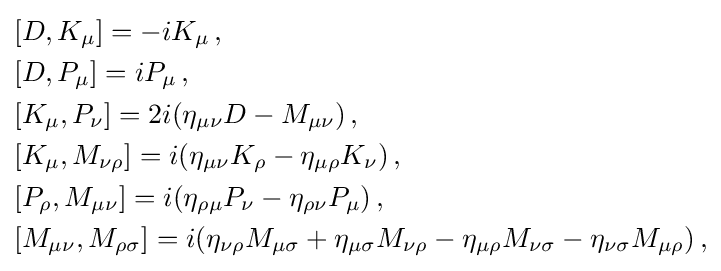
{\begin{aligned}&[D,K_{\mu }]=-iK_{\mu }\,,\\&[D,P_{\mu }]=iP_{\mu }\,,\\&[K_{\mu },P_{\nu }]=2i(\eta _{\mu \nu }D-M_{\mu \nu })\,,\\&[K_{\mu },M_{\nu \rho }]=i(\eta _{\mu \nu }K_{\rho }-\eta _{\mu \rho }K_{\nu })\,,\\&[P_{\rho },M_{\mu \nu }]=i(\eta _{\rho \mu }P_{\nu }-\eta _{\rho \nu }P_{\mu })\,,\\&[M_{\mu \nu },M_{\rho \sigma }]=i(\eta _{\nu \rho }M_{\mu \sigma }+\eta _{\mu \sigma }M_{\nu \rho }-\eta _{\mu \rho }M_{\nu \sigma }-\eta _{\nu \sigma }M_{\mu \rho })\,,\end{aligned}}